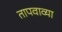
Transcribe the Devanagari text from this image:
तापवाव्या